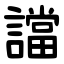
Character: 譡